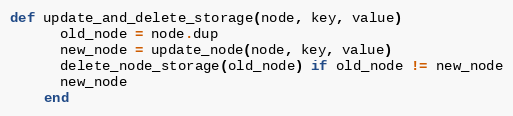
Language: Ruby
def update_and_delete_storage(node, key, value)
      old_node = node.dup
      new_node = update_node(node, key, value)
      delete_node_storage(old_node) if old_node != new_node
      new_node
    end